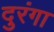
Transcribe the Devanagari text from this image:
दुरंगा